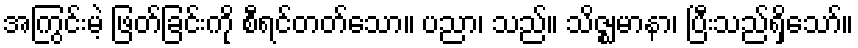
အကြွင်းမဲ့ ဖြတ်ခြင်းကို စီရင်တတ်သော။ ပညာ၊ သည်။ သိဇ္ဈမာနာ၊ ပြီးသည်ရှိသော်။